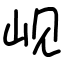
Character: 岘